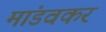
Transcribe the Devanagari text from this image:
मांडवकर